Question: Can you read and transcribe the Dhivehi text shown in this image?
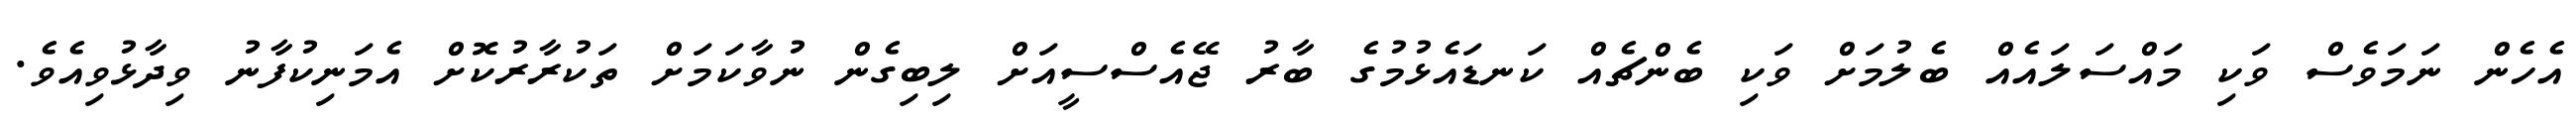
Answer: އެހެން ނަމަވެސް ވަކި މައްސަލައެއް ބެލުމަށް ވަކި ބެންޗެއް ކަނޑައެޅުމުގެ ބާރު ޖޭއެސްސީއަށް ލިބިގެން ނުވާކަމަށް ތަކުރާރުކޮށް އެމަނިކުފާނު ވިދާޅުވިއެވެ.